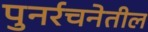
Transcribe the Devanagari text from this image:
पुनर्रचनेतील